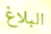
البلاغ